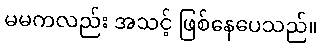
မမကလည်း အသင့် ဖြစ်နေပေသည်။